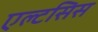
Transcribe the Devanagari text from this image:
एल्टसिस